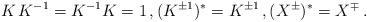
LaTeX: \begin{align*} K\,K^{-1} = K^{-1} K = 1 \,, (K^{\pm 1})^* = K^{\pm 1} \,, (X^{\pm})^* = X^{\mp} \,.\end{align*}